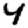
Digit: 4